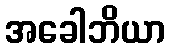
အခေါဘိယာ